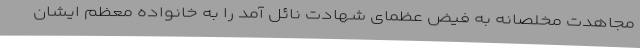
مجاهدت مخلصانه به فیض عظمای شهادت نائل آمد را به خانواده معظم ایشان